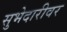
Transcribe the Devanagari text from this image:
सुभेदारीवर